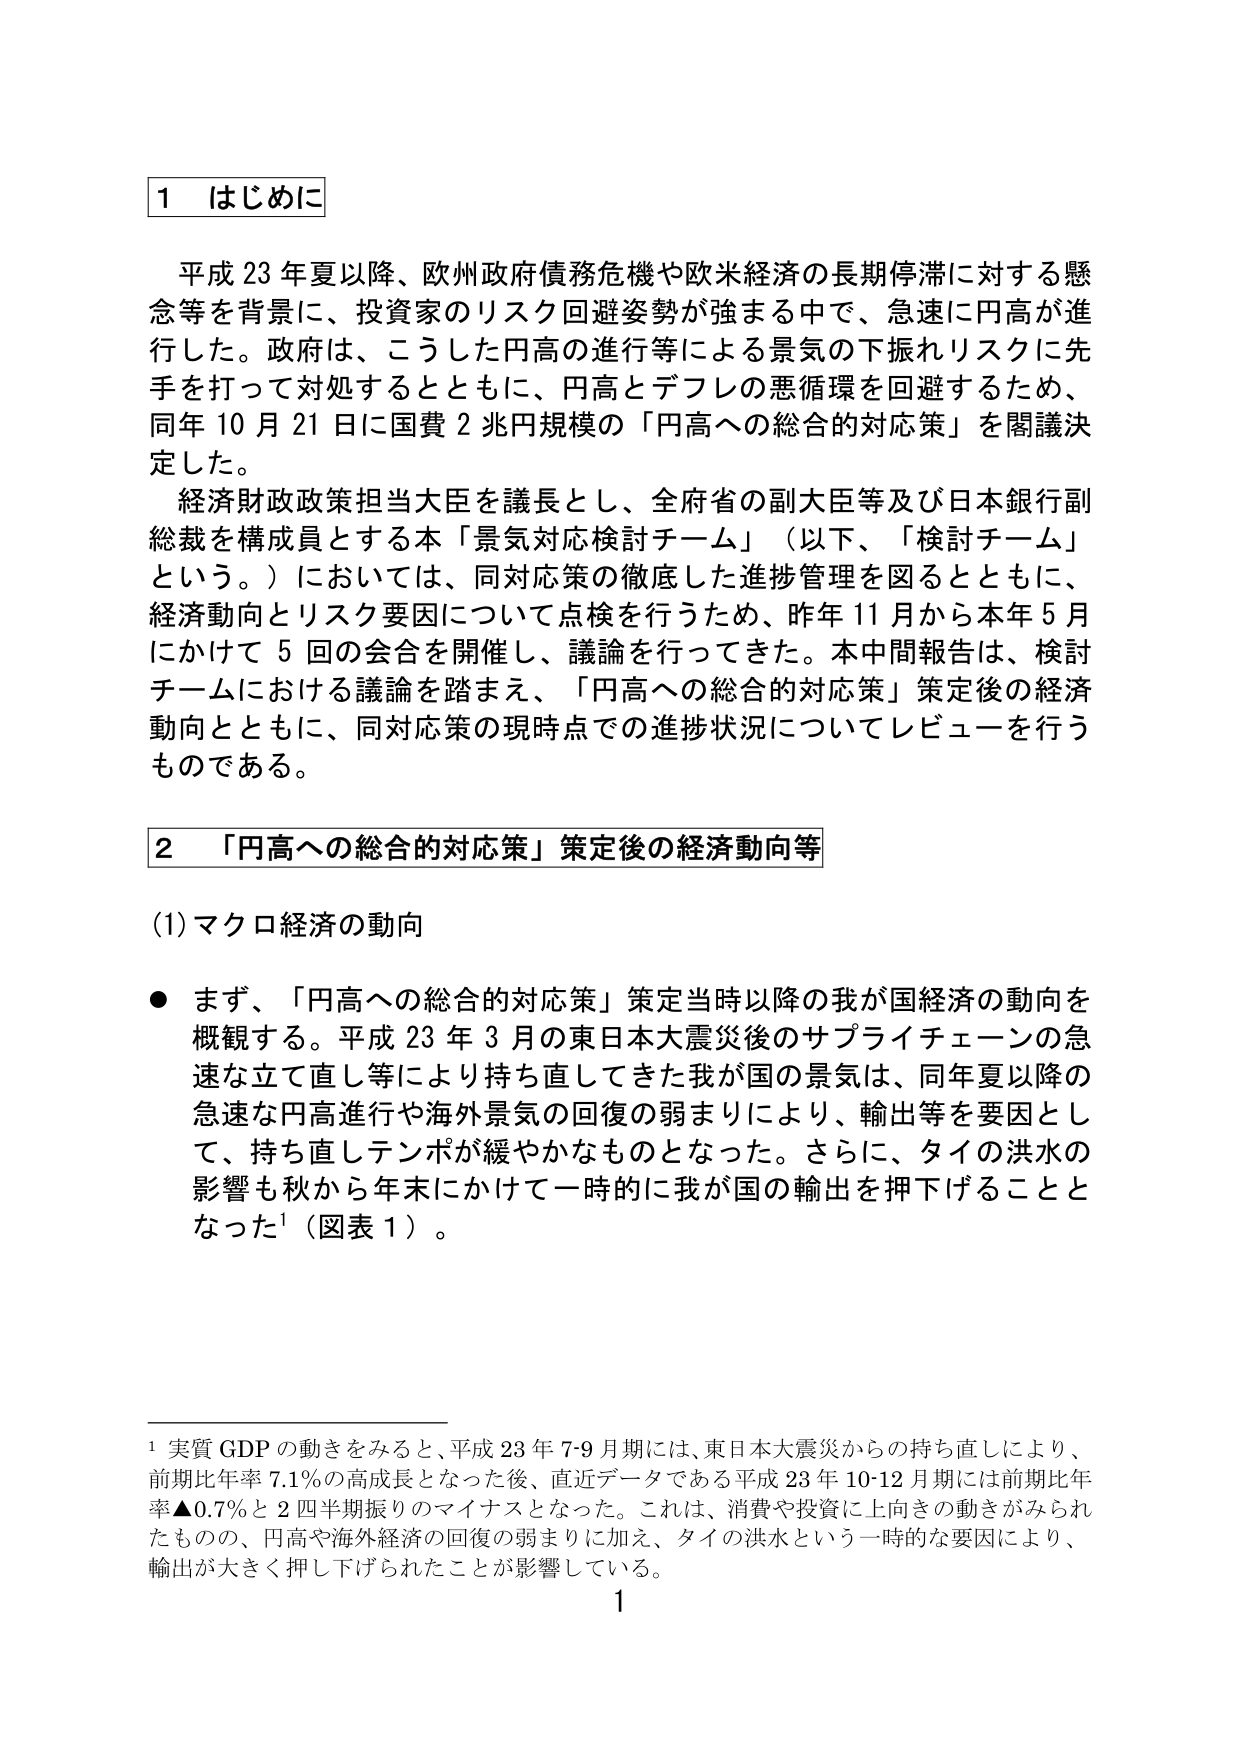
1 はじめに

平成23年夏以降、欧州政府債務危機や欧米経済の長期停滞に対する懸念等を背景に、投資家のリスク回避姿勢が強まる中で、急速に円高が進行した。政府は、こうした円高の進行等による景気の下振れリスクに先手を打って対処するとともに、円高とデフレの悪循環を回避するため、同年10月21日に国費2兆円規模の「円高への総合的対応策」を閣議決定した。

経済財政政策担当大臣を議長とし、全府省の副大臣等及び日本銀行副総裁を構成員とする本「景気対応検討チーム」（以下、「検討チーム」という。）においては、同対応策の徹底した進捗管理を図るとともに、経済動向とリスク要因について点検を行うため、昨年11月から本年5月にかけて5回の会合を開催し、議論を行ってきた。本中間報告は、検討チームにおける議論を踏まえ、「円高への総合的対応策」策定後の経済動向とともに、同対応策の現時点での進捗状況についてレビューを行うものである。

2 「円高への総合的対応策」策定後の経済動向等

(1) マクロ経済の動向

● まず、「円高への総合的対応策」策定当時以降の我が国経済の動向を概観する。平成23年3月の東日本大震災後のサプライチェーンの急速な立て直し等により持ち直してきた我が国の景気は、同年夏以降の急速な円高進行や海外景気の回復の弱まりにより、輸出等を要因として、持ち直しテンポが緩やかなものとなった。さらに、タイの洪水の影響も秋から年末にかけて一時的に我が国の輸出を押下げることとなった¹（図表1）。

¹ 実質GDPの動きをみると、平成23年7-9月期には、東日本大震災からの持ち直しにより、前期比年率7.1％の高成長となった後、直近データである平成23年10-12月期には前期比年率▲0.7％と2四半期振りのマイナスとなった。これは、消費や投資に上向きの動きがみられたものの、円高や海外経済の回復の弱まりに加え、タイの洪水という一時的な要因により、輸出が大きく押下げられたことが影響している。

1